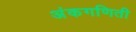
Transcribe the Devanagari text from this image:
अंकगणिती